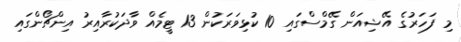
މި ފަހަރުގެ އޭޝިއަން ގޭމްސްގައި 10 ކުޅިވަރަކުން 13 ޓީމެއް ވާދަކުރާއިރު އިންޗޯންގައި